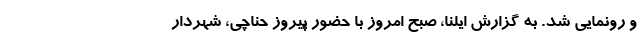
و رونمایی شد. به گزارش ایلنا، صبح امروز با حضور پیروز حناچی، شهردار